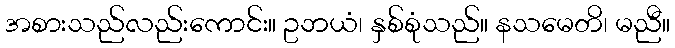
အစားသည်လည်းကောင်း။ ဥဘယံ၊ နှစ်စုံသည်။ နသမေတိ၊ မညီ။